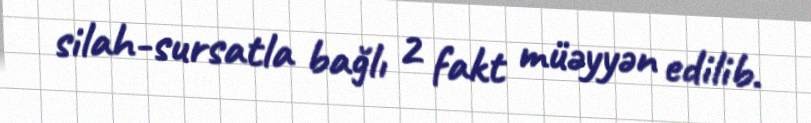
silah-sursatla bağlı 2 fakt müəyyən edilib.